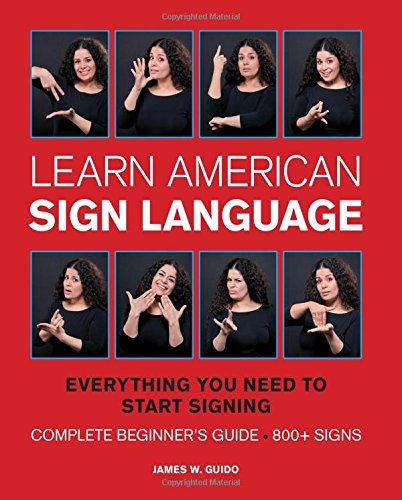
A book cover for Learn American Sign Language: Everything you need to start signing * complete beginner's guide * 800+ signs; James W. Guido; Reference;